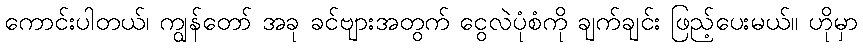
ကောင်းပါတယ်၊ ကျွန်တော် အခု ခင်ဗျားအတွက် ငွေလဲပုံစံကို ချက်ချင်း ဖြည့်ပေးမယ်။ ဟိုမှာ